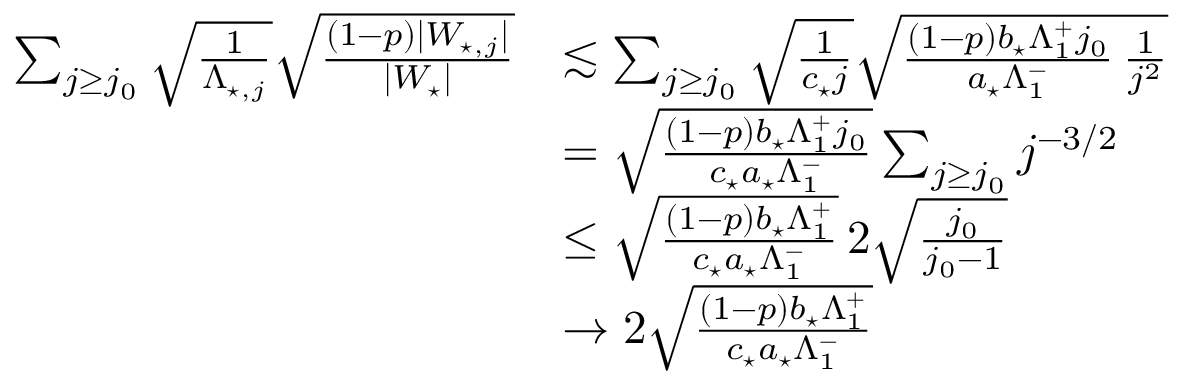
\begin{array} { r l } { \sum _ { j \geq j _ { 0 } } \sqrt { \frac { 1 } { \Lambda _ { \star , j } } } \sqrt { \frac { ( 1 - p ) | W _ { \star , j } | } { | W _ { \star } | } } } & { \lesssim \sum _ { j \geq j _ { 0 } } \sqrt { \frac { 1 } { c _ { \star } j } } \sqrt { \frac { ( 1 - p ) b _ { \star } \Lambda _ { 1 } ^ { + } j _ { 0 } } { a _ { \star } \Lambda _ { 1 } ^ { - } } \, \frac { 1 } { j ^ { 2 } } } } \\ & { = \sqrt \frac { ( 1 - p ) b _ { \star } \Lambda _ { 1 } ^ { + } j _ { 0 } } { c _ { \star } a _ { \star } \Lambda _ { 1 } ^ { - } } \sum _ { j \geq j _ { 0 } } j ^ { - 3 / 2 } } \\ & { \leq \sqrt \frac { ( 1 - p ) b _ { \star } \Lambda _ { 1 } ^ { + } } { c _ { \star } a _ { \star } \Lambda _ { 1 } ^ { - } } \, 2 \sqrt { \frac { j _ { 0 } } { j _ { 0 } - 1 } } } \\ & { \to 2 \sqrt \frac { ( 1 - p ) b _ { \star } \Lambda _ { 1 } ^ { + } } { c _ { \star } a _ { \star } \Lambda _ { 1 } ^ { - } } } \end{array}